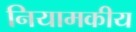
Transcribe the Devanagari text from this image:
नियामकीय